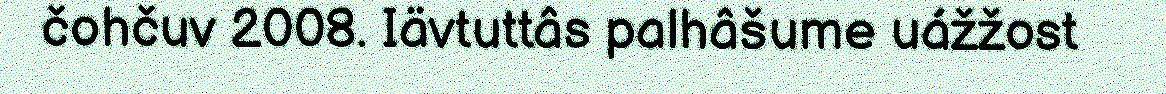
čohčuv 2008. Iävtuttâs palhâšume uážžost